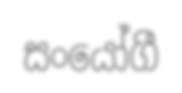
සංයෝගී